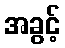
အခွင့်